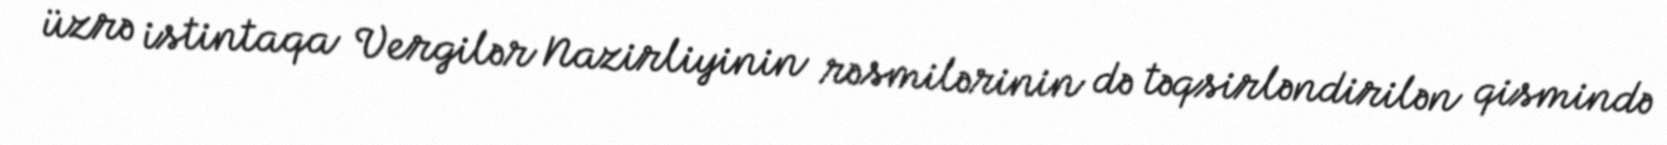
üzrə istintaqa Vergilər Nazirliyinin rəsmilərinin də təqsirləndirilən qismində